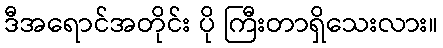
ဒီအရောင်အတိုင်း ပို ကြီးတာရှိသေးလား။